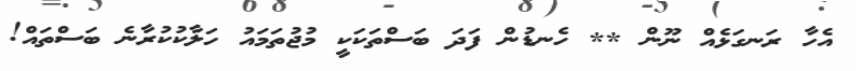
އެހާ ރަނގަޅެއް ނޫން ** ހެނޑުން ފަދަ ބަސްތަކަކީ މުޖުތަމައު ހަލާކުކުރާނެ ބަސްތައް!